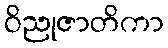
ဝိညုဇာတိကာ